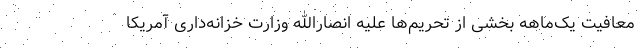
معافیت یک‌ماهه بخشی از تحریم‌ها علیه انصارالله وزارت خزانه‌داری آمریکا